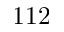
1 1 2